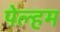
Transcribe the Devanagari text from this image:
पेल्हम